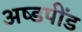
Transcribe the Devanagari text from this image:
अष्डपींड